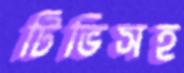
টিভিসহ